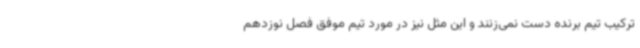
ترکیب تیم برنده دست نمی‌زنند و این مثل نیز در مورد تیم موفق فصل نوزدهم